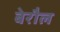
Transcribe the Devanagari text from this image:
बेरौल